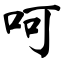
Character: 呵